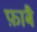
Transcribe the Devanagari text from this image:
फ़ाबै